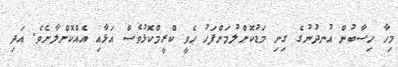
މިހާ ހިސާބުން އުނދުނުގެ ގިނި މަޑުކޮށްލުމަށްފަހު ހެވީ ކްރީމްކޮޅުވެސް އަޅާއި އެއްކޮށްލާށެވެ. އަދި